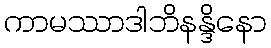
ကာမဿာဒါဘိနန္ဒိနော